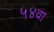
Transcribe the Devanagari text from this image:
५४वा